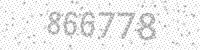
Solution: 866778